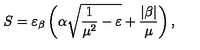
S = \varepsilon _ { \beta } \left( \alpha \sqrt { \frac { 1 } { \mu ^ { 2 } } - \varepsilon } + \frac { | \beta | } { \mu } \right) { , }